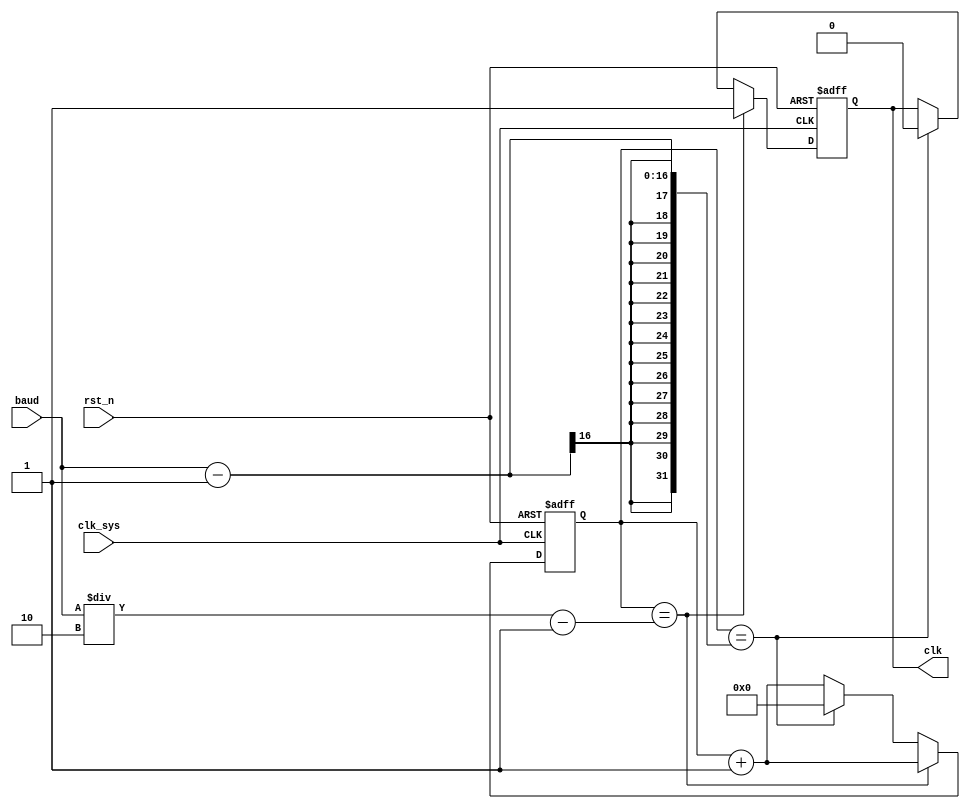
module clk_set(clk_sys,rst_n,baud,clk);
input clk_sys;
input rst_n;
input [15:0]baud;
output clk;
reg clk;
reg [15:0]cnt;

//--:50_000_000/baud/16
//
always@(posedge clk_sys or negedge rst_n)begin
	if(!rst_n)begin
			clk <= 1'b0;
			cnt <= 0;
		end
	else if(cnt == baud/2 -1)begin
			clk <= 1'b1;
			cnt <= cnt + 16'd1;
		end
	else if(cnt == baud -1 )begin
			clk <= 1'b0;
			cnt <= 16'd0;
		end
	else begin
			cnt <= cnt + 1'b1;
	end		
end
endmodule